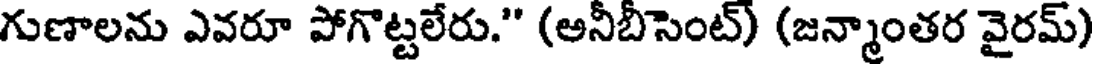
గుణాలను ఎవరూ పోగొట్టలేరు." (అనీబీసెంట్) (జన్మాంతర వైరమ్)